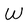
Character: W